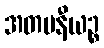
အတပနီယဉ္စ